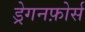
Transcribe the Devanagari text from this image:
ड्रेगनफ़ोर्स